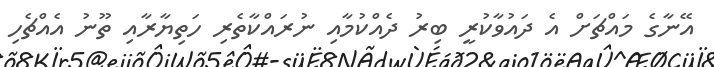
އޭނާގެ މައްޗަށް އެ ދައުވާކުރީ ބިރު ދެއްކުމާއި ނުރައްކާތެރި ހަތިޔާރާއި ތޫނު އެއްޗެހި